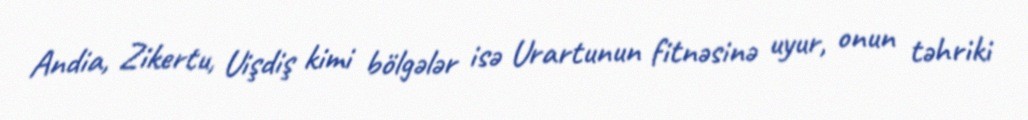
Andia, Zikertu, Uişdiş kimi bölgələr isə Urartunun fitnəsinə uyur, onun təhriki